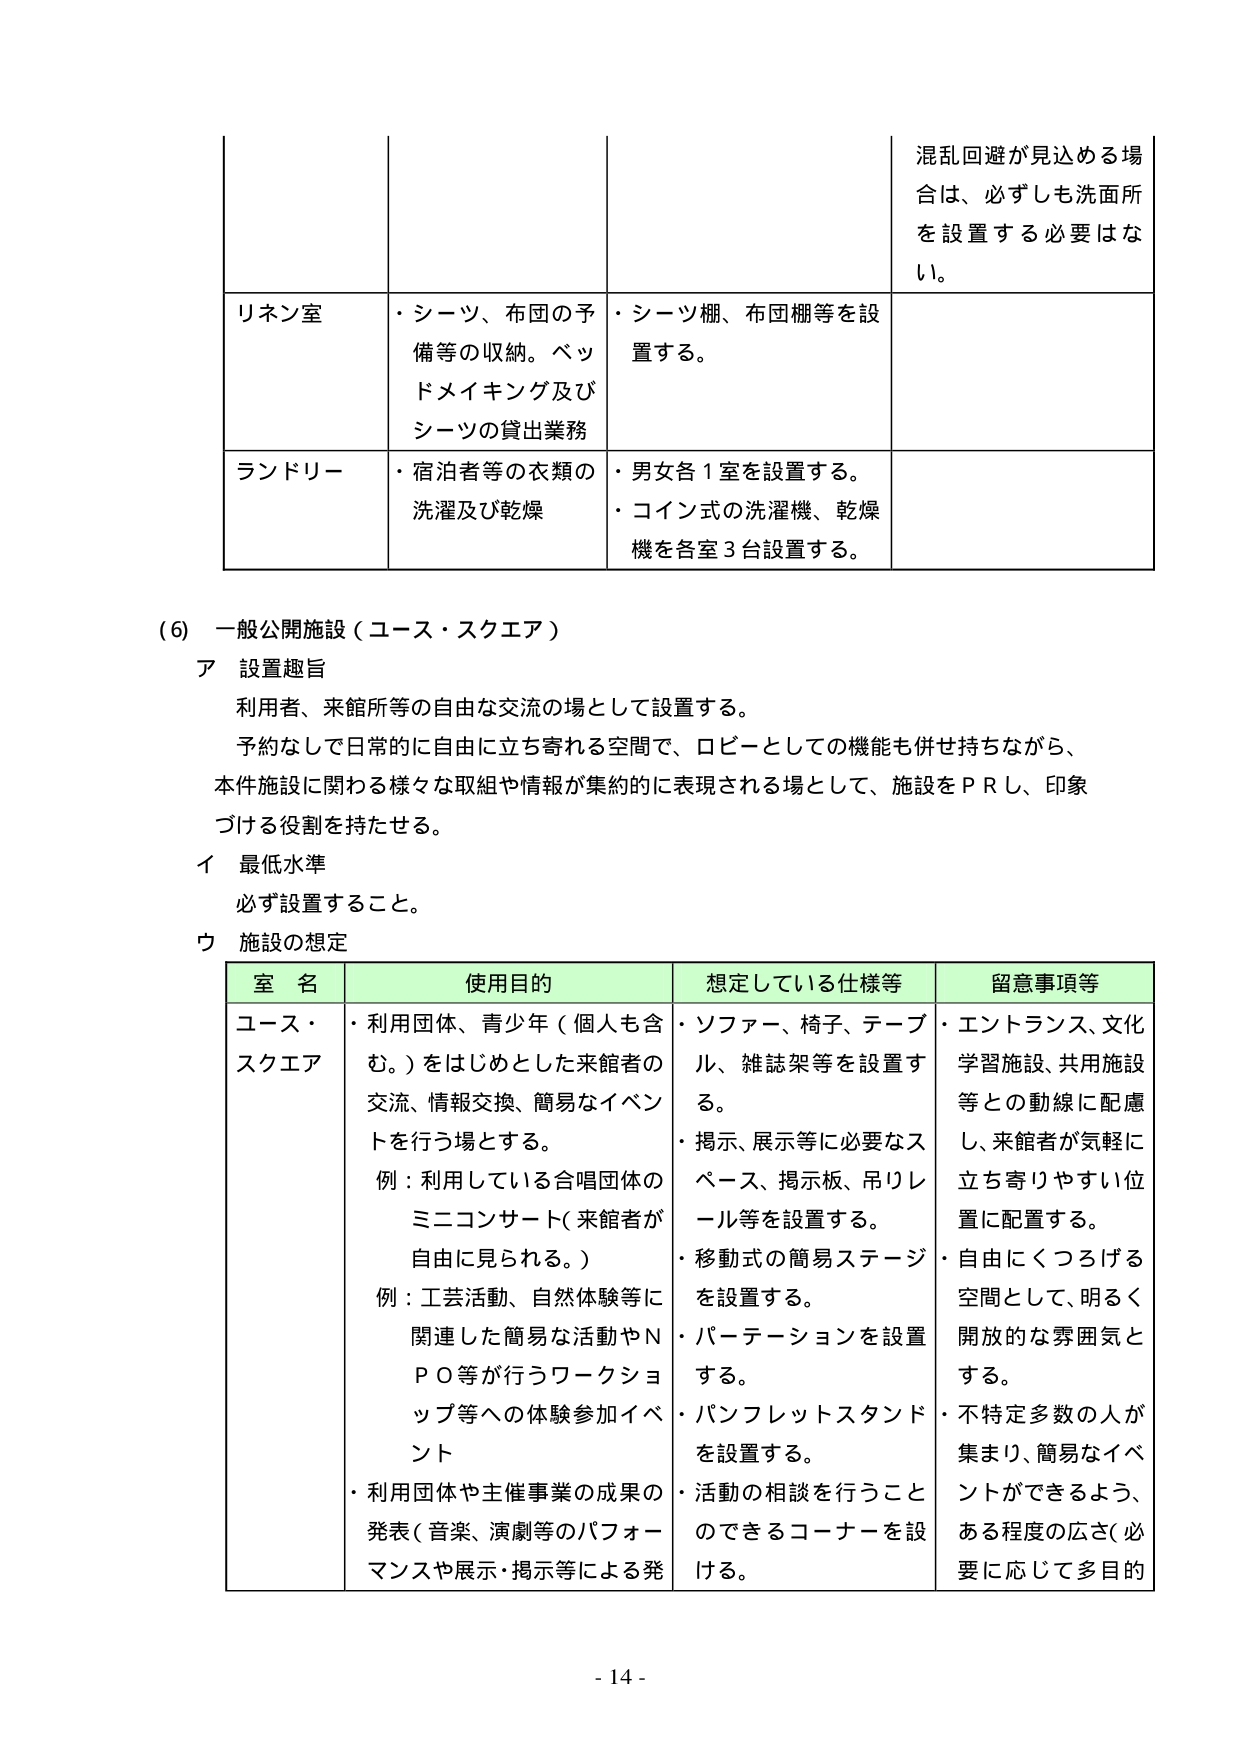
混乱回避が見込める場合は、必ずしも洗面所を設置する必要はない。

リネン室
・シーツ、布団の予備等の収納。ベッドメイキング及びシーツの貸出業務
・シーツ棚、布団棚等を設置する。

ランドリー
・宿泊者等の衣類の洗濯及び乾燥
・男女各1室を設置する。
・コイン式の洗濯機、乾燥機を各室3台設置する。

(6) 一般公開施設（ユース・スクエア）

ア 設置趣旨
利用者、来館所等の自由な交流の場として設置する。
予約なしで日常的に自由に立ち寄れる空間で、ロビーとしての機能も併せ持ちながら、
本件施設に関わる様々な取組や情報が集約的に表現される場として、施設をＰＲし、印象づける役割を持たせる。

イ 最低水準
必ず設置すること。

ウ 施設の想定

室名 使用目的 想定している仕様等 留意事項等

ユース・スクエア
・利用団体、青少年（個人も含む。）をはじめとした来館者の交流、情報交換、簡易なイベントを行う場とする。
例：利用している合唱団体のミニコンサート（来館者が自由に見られる。）
例：工芸活動、自然体験等に関連した簡易な活動やＮＰＯ等が行うワークショップ等への体験参加イベント
・利用団体や主催事業の成果の発表（音楽、演劇等のパフォーマンスや展示・掲示等による発
・ソファー、椅子、テーブル、雑誌架等を設置する。
・掲示、展示等に必要なスペース、掲示板、吊りレール等を設置する。
・移動式の簡易ステージを設置する。
・パーテーションを設置する。
・パンフレットスタンドを設置する。
・活動の相談を行うことのできるコーナーを設ける。
・エントランス、文化学習施設、共用施設等との動線に配慮し、来館者が気軽に立ち寄りやすい位置に配置する。
・自由にくつろげる空間として、明るく開放的な雰囲気とする。
・不特定多数の人が集まり、簡易なイベントができるよう、ある程度の広さ（必要に応じて多目的

- 14 -